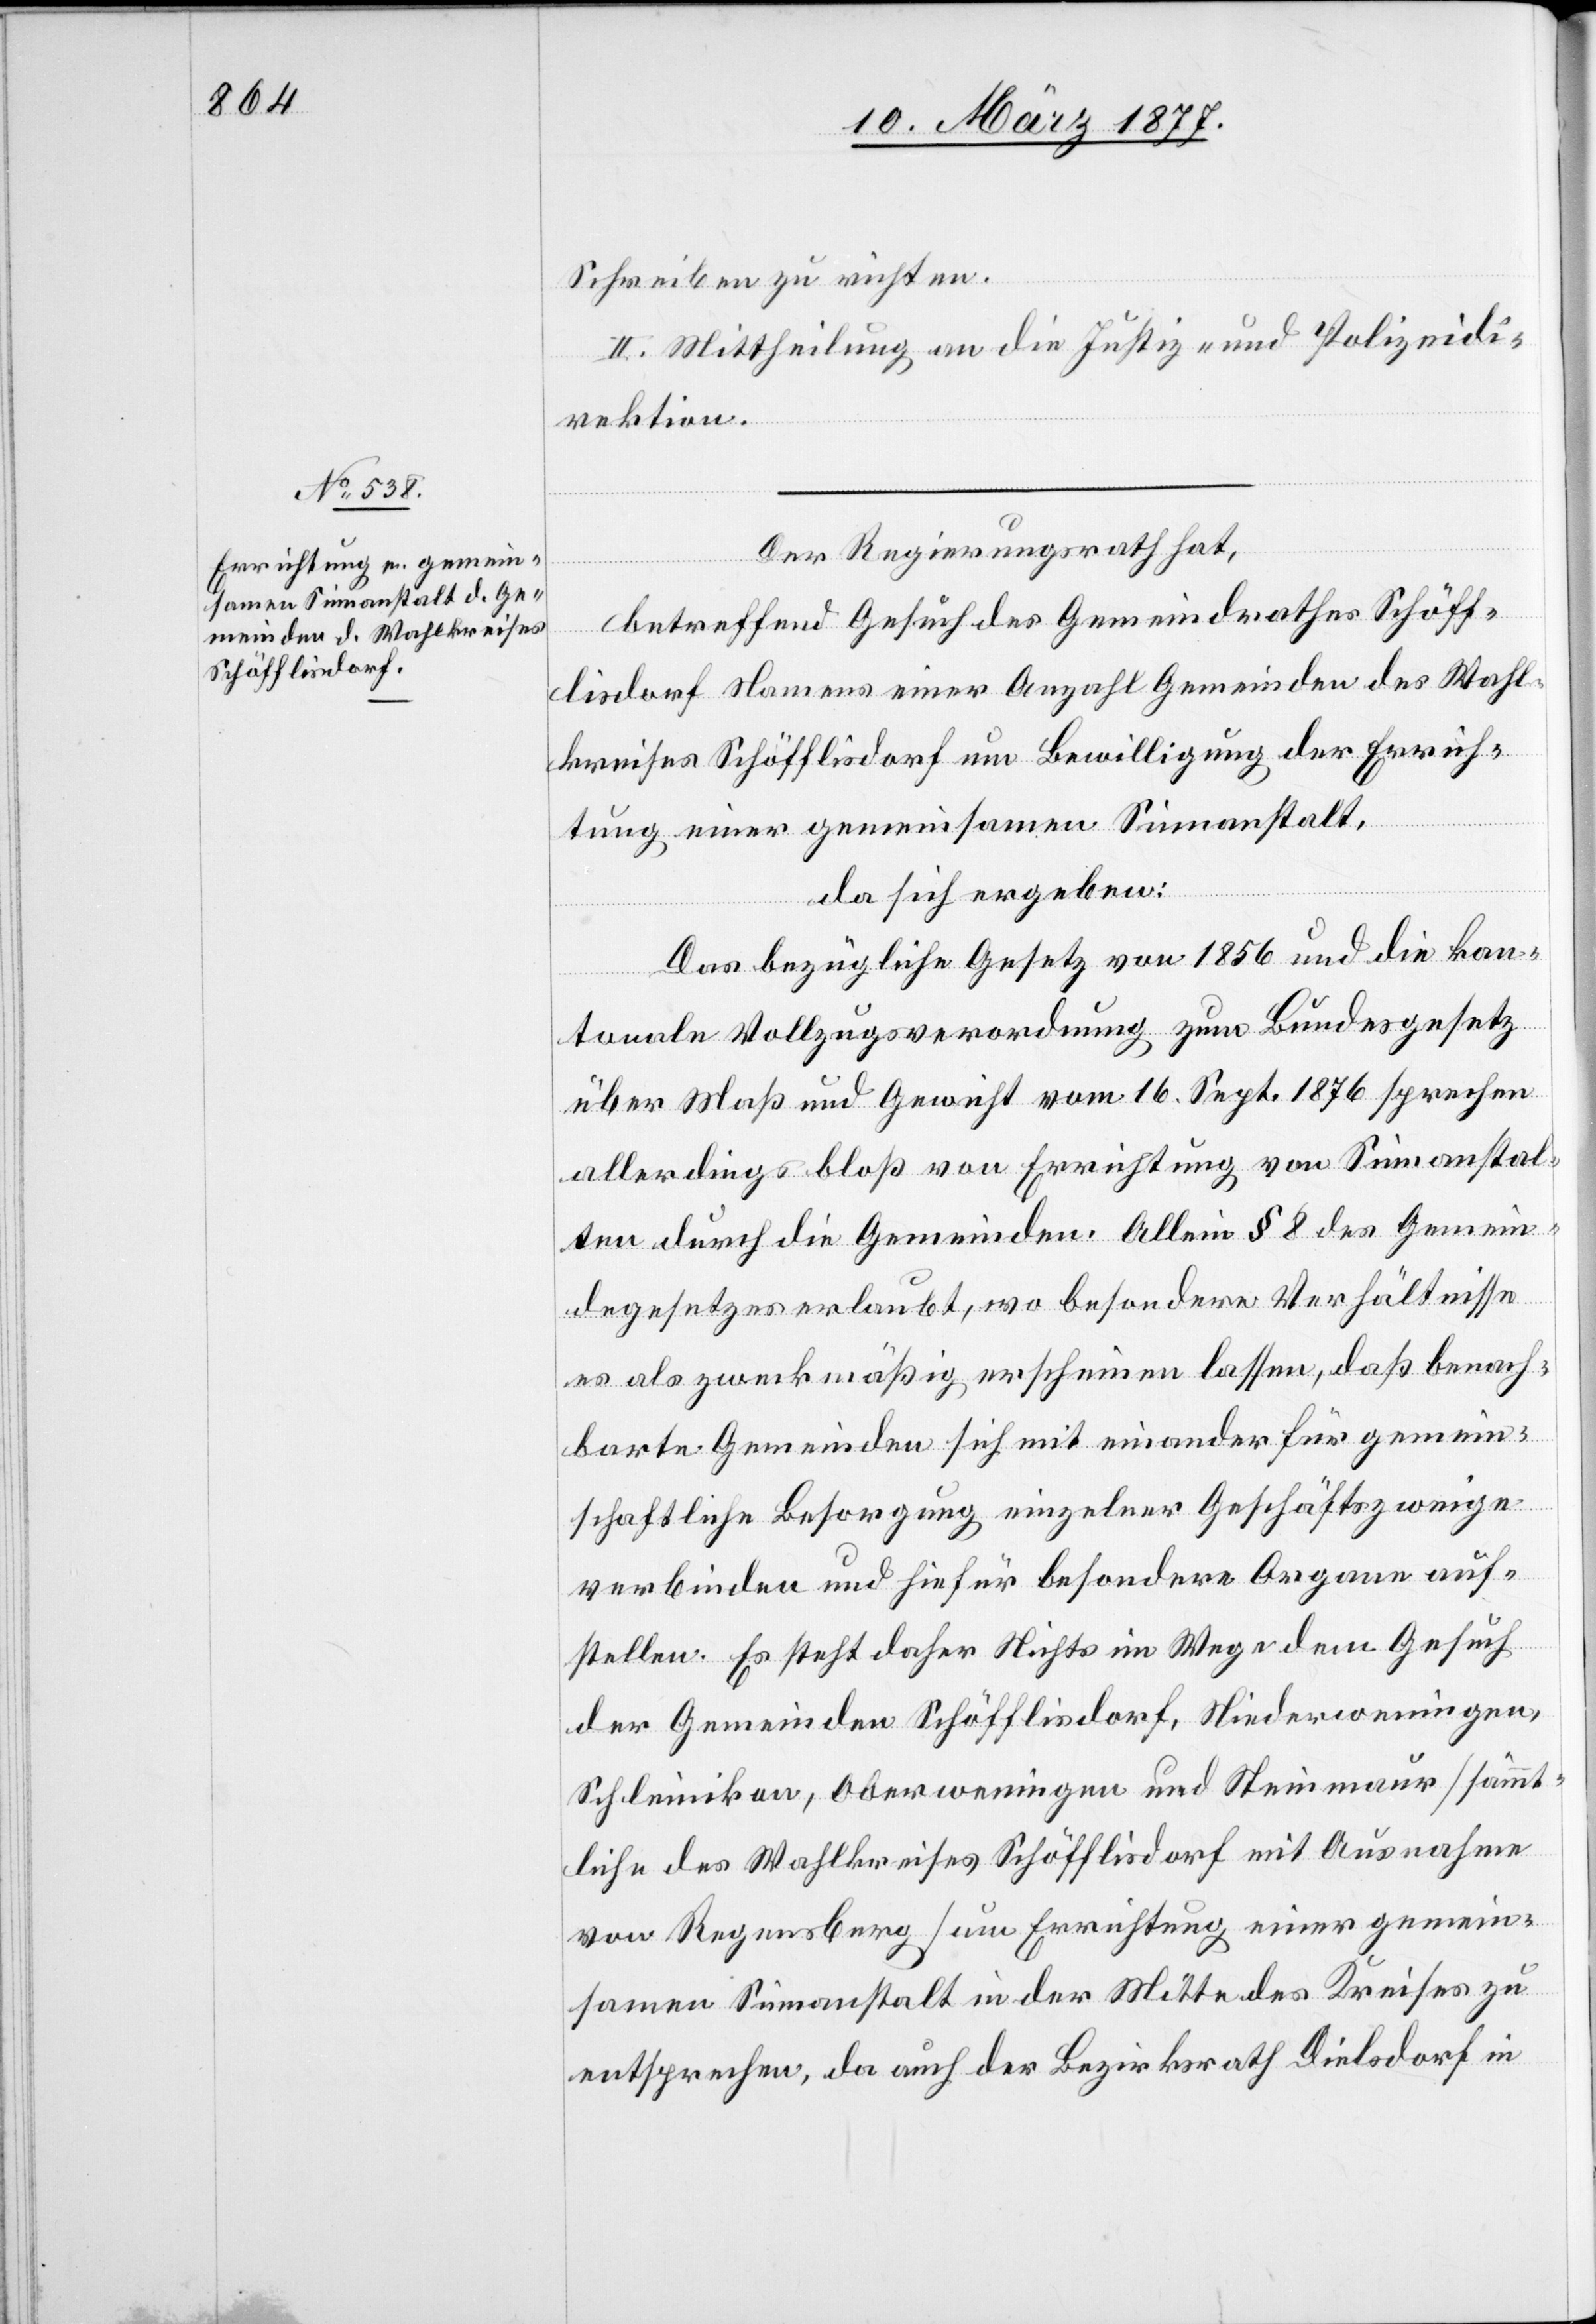
Schreiben zu richten.
II. Mittheilung an die Justiz- und Polizeidi¬
rektion.
Der Regierungsrath hat
betreffend Gesuch des Gemeindrathes Schöff¬
lisdorf Namens einer Anzahl Gemeinden des Wahl¬
kreises Schöfflisdorf um Bewilligung der Errich¬
tung einer gemeinsamen Sinnanstalt,
da sich ergeben:
Das bezügliche Gesetz von 1856 und die kan¬
tonale Vollzugsverordnung zum Bundesgesetz
über Maß und Gewicht vom 16. Sept. 1876 sprechen
allerdings bloß von Errichtung von Sinnanstal¬
ten durch die Gemeinden. Allein § 8 des Gemein¬
degesetzes erlaubt, wo besondere Verhältnisse
es als zweckmäßig erscheinen lassen, daß benach¬
barte Gemeinden sich mit einander für gemein¬
schaftliche Besorgung einzelner Geschäftszweige
verbinden und hiefür besondere Organe auf¬
stellen. Es steht daher Nichts im Wege dem Gesuch
der Gemeinden Schöfflisdorf, Niederweningen,
Schleinikon, Oberweningen und Steinmaur [sämmt¬
liche des Wahlkreises Schöfflisdorf mit Ausnahme
von Regensberg] um Errichtung einer gemein¬
samen Sinnanstalt in der Mitte des Kreises zu
entsprechen, da auch der Bezirksrath Dielsdorf in